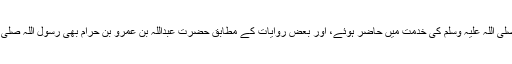
حضرت عَدِیّ بنِ اَبیِ الزَّغْبَاء اور بَسْبَسْ بِن عَمْرو اسی جگہ اس قیام کے دوران میں نبی کریم صلی اللہ علیہ وسلم کی خدمت میں حاضر ہوئے، اور بعض روایات کے مطابق حضرت عبداللہ بن عمرو بن حرام بھی رسول اللہ صلی اللہ علیہ وسلم کی خدمت میں حاضر ہوئے اور عرض کی کہ یا رسول اللہ صلی اللہ علیہ وسلم!